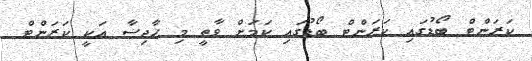
ކަރަންޓް ބޯޑުގައި ކަރަންޓް ބޯޑުގައި ކަމަށް ވާތީ މި ހާދިސާ އަކީ ކަރަންޓް